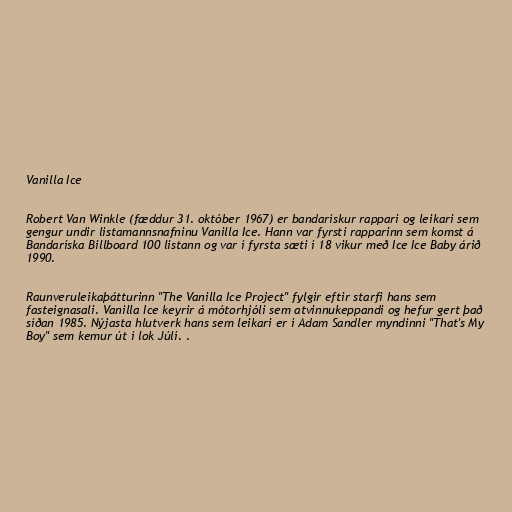
Vanilla Ice

Robert Van Winkle (fæddur 31. október 1967) er bandarískur rappari og leikari sem
gengur undir listamannsnafninu Vanilla Ice. Hann var fyrsti rapparinn sem komst á
Bandaríska Billboard 100 listann og var í fyrsta sæti í 18 vikur með Ice Ice Baby árið
1990.

Raunveruleikaþátturinn "The Vanilla Ice Project" fylgir eftir starfi hans sem
fasteignasali. Vanilla Ice keyrir á mótorhjóli sem atvinnukeppandi og hefur gert það
síðan 1985. Nýjasta hlutverk hans sem leikari er í Adam Sandler myndinni "That's My
Boy" sem kemur út í lok Júlí. .